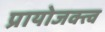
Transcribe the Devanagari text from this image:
प्रायोजक्त्व